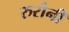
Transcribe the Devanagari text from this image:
रुरौनी